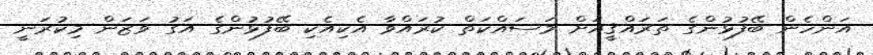
އަންހެން ބޭފުޅުންގެ ތަރައްޤީއަށް މަސައްކަތް ކުރައްވާ އެކިއެކި ބޭފުޅުންގެ އަގު ވަޒަން މިކުރަނީ